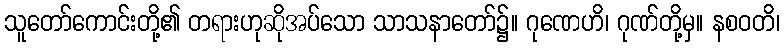
သူတော်ကောင်းတို့၏ တရားဟုဆိုအပ်သော သာသနာတော်၌။ ဂုဏေဟိ၊ ဂုဏ်တို့မှ။ နစဝတိ၊